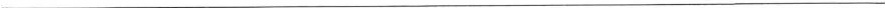
___